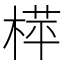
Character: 𬃟